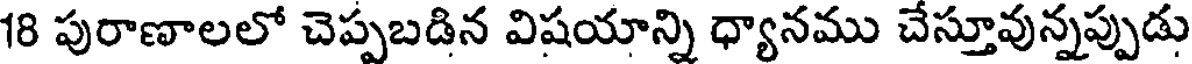
18 పురాణాలలో చెప్పబడిన విషయాన్ని ధ్యానము చేస్తూవున్నప్పుడు